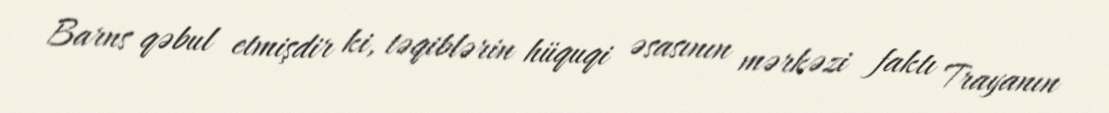
Barns qəbul etmişdir ki, təqiblərin hüquqi əsasının mərkəzi faktı Trayanın